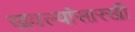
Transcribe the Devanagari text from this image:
खवल्यांसारखी